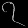
Digit: ၇